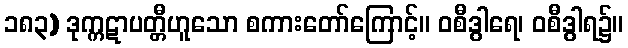
၁၈၃) ဒုက္ကဋာပတ္တီဟူသော စကားတော်ကြောင့်။ ဝစီဒွါရေ၊ ဝစီဒွါရ၌။